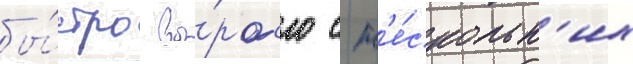
бы́стро вы́росло с н'е́скольк'их